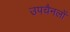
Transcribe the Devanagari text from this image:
उपचैनलों